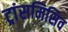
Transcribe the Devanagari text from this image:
ट्रांसमिसिव